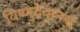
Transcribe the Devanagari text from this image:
विष्णुदेवानन्द